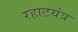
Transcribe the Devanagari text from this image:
रहाटयंत्र